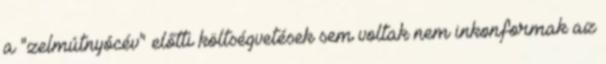
a "zelmútnyócév" előtti költségvetések sem voltak nem inkonformak az